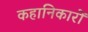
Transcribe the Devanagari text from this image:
कहानिकारों